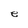
Character: e